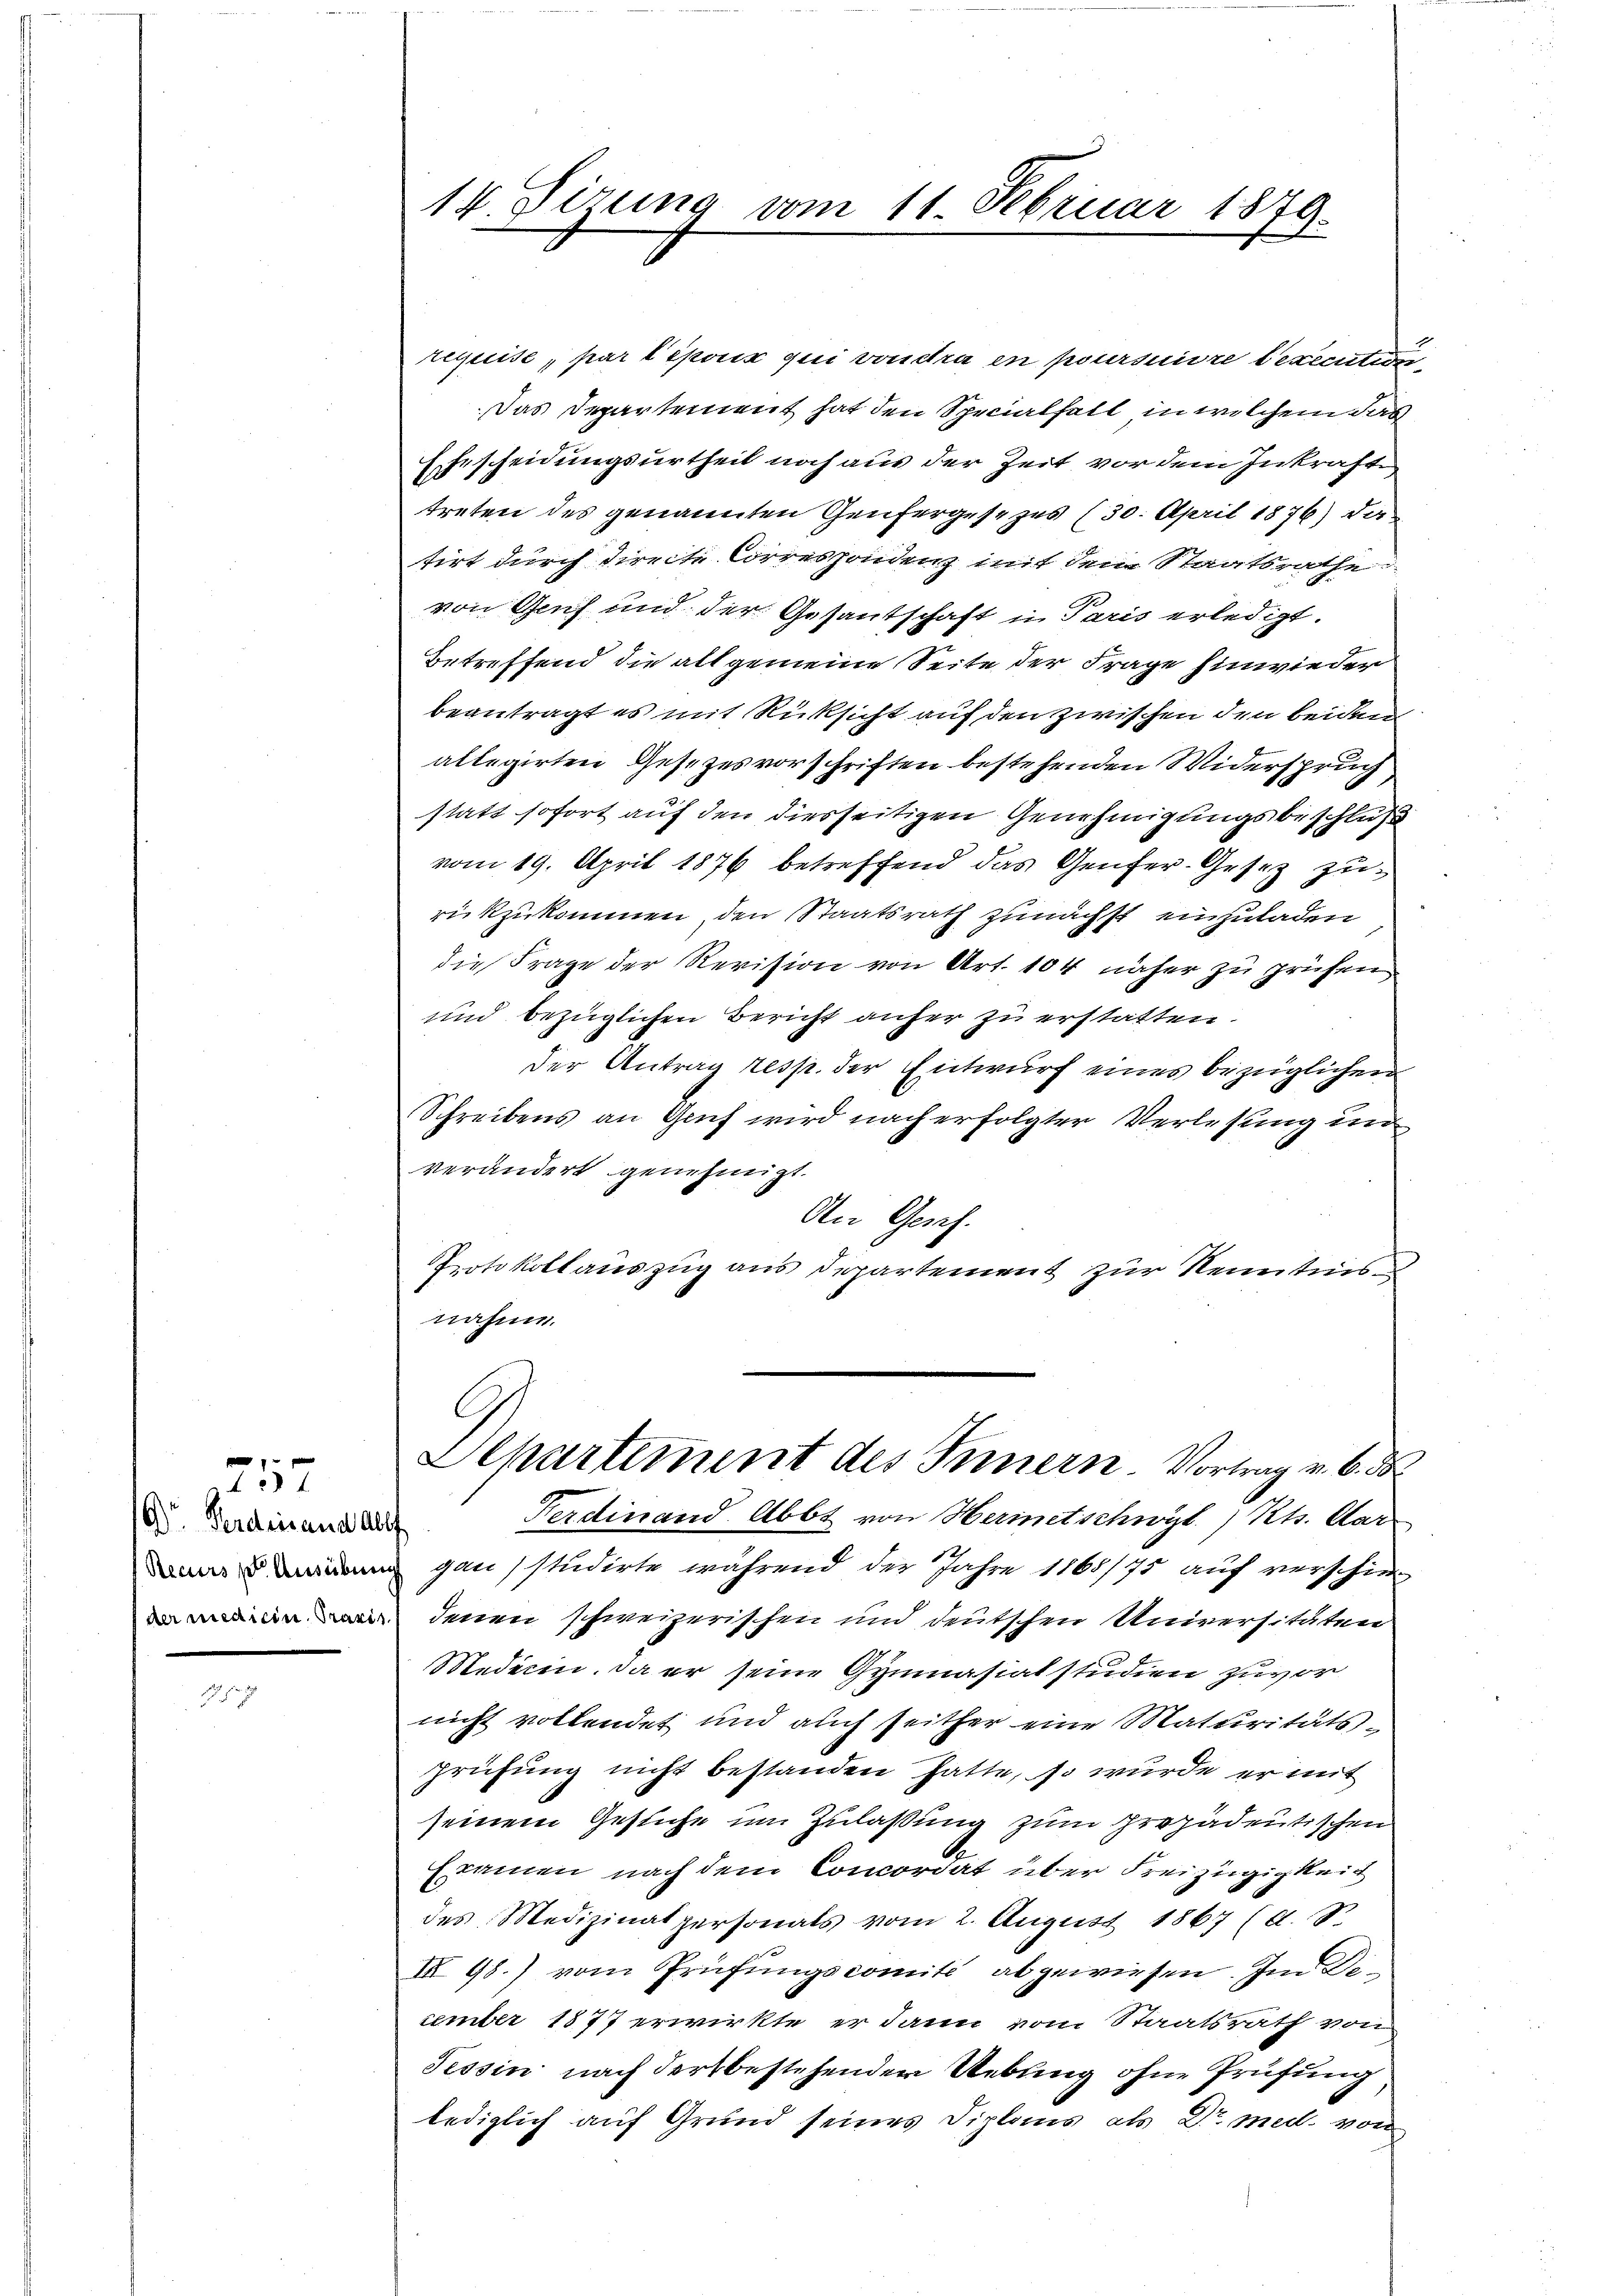
G) Ferdinand ab
Recurs pr Ausüben
der medicin. Praxi

25

14. Sizung vom 11. Februar 1879.

requise, par l’époux qui voudra en poursuivre lexemtion
Das Departement hat den Specialfall in welchem das
Ehescheidungsurtheil noch aus der Zeit vor dem Inkrafte
treten des genannten Genfergesezes (30. April 1876) das
tirt durch directe Correspondenz mit dem Staatsrathe
von Gach und der Gesantschaft in Paris erledigt.
Betreffend die alt gemeine Seite der Frage hinwieder
beantragt es mit Rücksicht auf den zwischen den beiden
allegirten Gesetzesvorschriften bestehenden Widerspruch
statt sofort auf den diesseitigen Genehmigungsbeschluß
vom 19. April 1876 betreffend das Genfer-Gesez zurückzukommen, den Staatsrath zunächst einzuladen
die Frage der Revision von Art. 104 näher zu prüfen
und bezüglichen Bericht anher zu erstatten.
der Antrag resp. der Entwurf eines bezüglichen
Schreibens an Gruf wird nach erfolgter Verlesung un
verändert genehmigt.
An Gesch.
Protokollauszug aus Departement zur Kenntnis
nahme.
C.
Separtement des Innern Vortrag v. 6. d.
Ferdinand Abbt von Hermetschwyl Kts. Aar
¬
gan studirte während der Jahre 1865/75 auf verschiedenen schweizerischen und deutschen Universitäten
Medern. Da er seine Gymnasialstudien zuvor
nicht vollendet und auch seither eine Maturitäts-
prüfung nicht bestanden hatte, so wurde er mit
seinem Gesuche im Zulaßung zum Propadentischen
Examen nach dem Concordat über Freizügigkeit
des Medizinalpersonals vom 2. August 1867 (d. S.
II 98.) vom Prüfungscomité abgewiesen. Im Dieember 1877 erwirkte er dann vom Staatsrath von
Tessin nach Fortbestehender Uebung ohne Prüfung
lediglich auf Grund seines Diploms, als Dr. mel. von